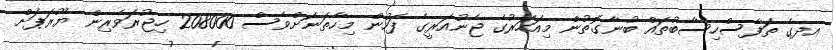
އދގެ ތަފާސްހިސާބުތައް ބުނާގޮތުން މިއަހަރުގެ ޖެނުއަރީގެ ފަހުން މިހާތަނަށްވެސް 208000 ހިޖުރަވެރިން ޔޫރަޕަށް